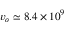
v _ { o } \simeq 8 . 4 \times 1 0 ^ { 9 }